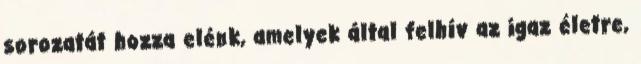
sorozatát hozza elénk, amelyek által felhív az igaz életre,